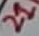
Text: 21